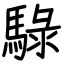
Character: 騄